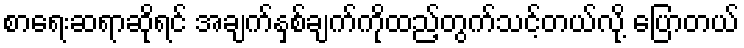
စာရေးဆရာဆိုရင် အချက်နှစ်ချက်ကိုထည့်တွက်သင့်တယ်လို့ ပြောတယ်